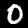
Digit: 0